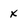
Character: X